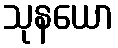
သုနယော